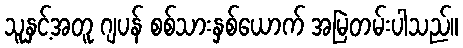
သူနှင့်အတူ ဂျပန် စစ်သားနှစ်ယောက် အမြဲတမ်းပါသည်။